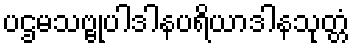
ပဌမသဗ္ဗုပါဒါနပရိယာဒါနသုတ္တံ